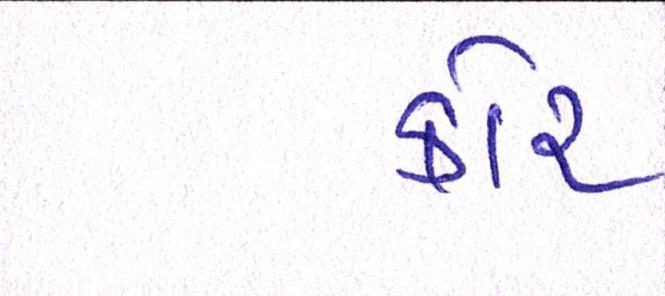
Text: કોર